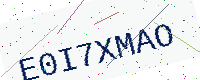
Text: E0I7XMAO